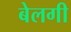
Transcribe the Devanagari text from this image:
बेलगी